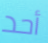
أحد